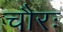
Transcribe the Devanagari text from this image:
चौरः